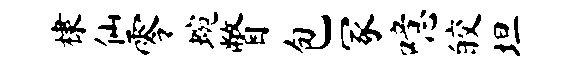
棣仙零蜿瞥包冢噫皎坦